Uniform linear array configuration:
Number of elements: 24
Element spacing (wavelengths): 1
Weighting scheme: kaiser
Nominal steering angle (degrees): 15
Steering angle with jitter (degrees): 13.601
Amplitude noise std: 0.05
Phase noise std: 0.05

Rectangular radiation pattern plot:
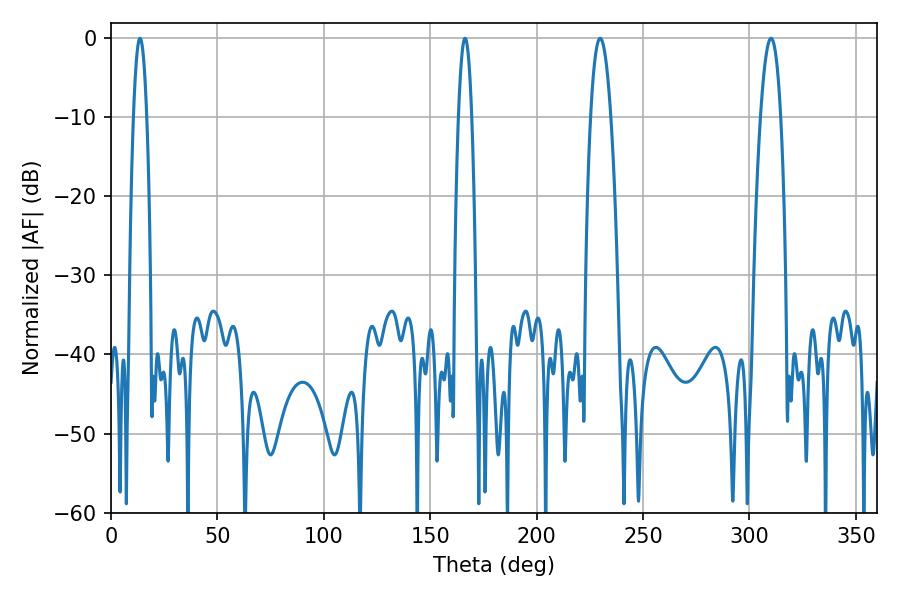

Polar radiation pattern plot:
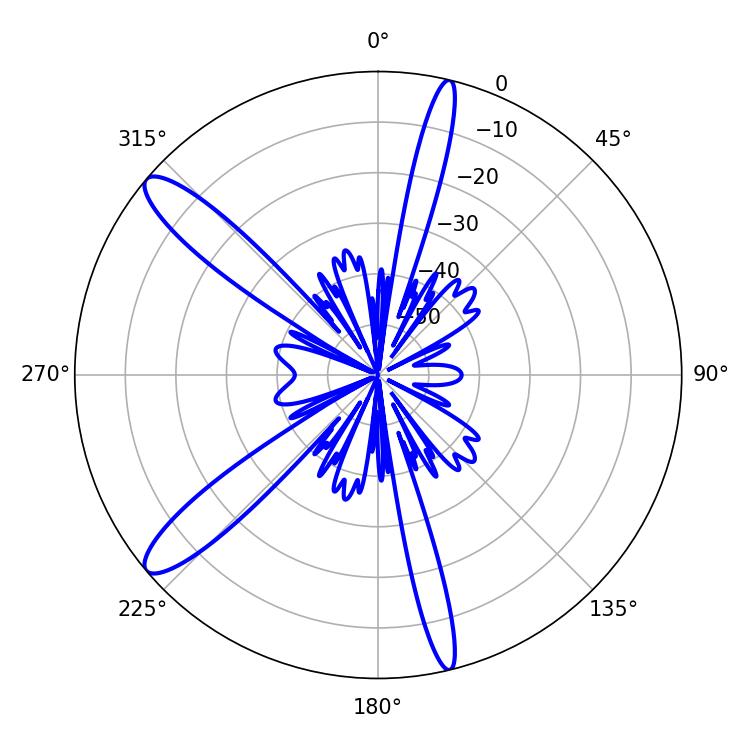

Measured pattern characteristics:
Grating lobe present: TRUE
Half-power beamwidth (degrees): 5.22
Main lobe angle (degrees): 229.86